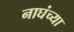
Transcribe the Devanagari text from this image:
नाघंच्या